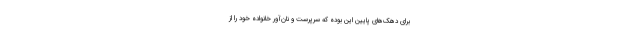
برای دهک‌های پایین این بوده که سرپرست و نان‌آور خانواده خود را از